Civil Veterinary Department Bengal reports 1933-51 - 1933-1951
Year: 1933
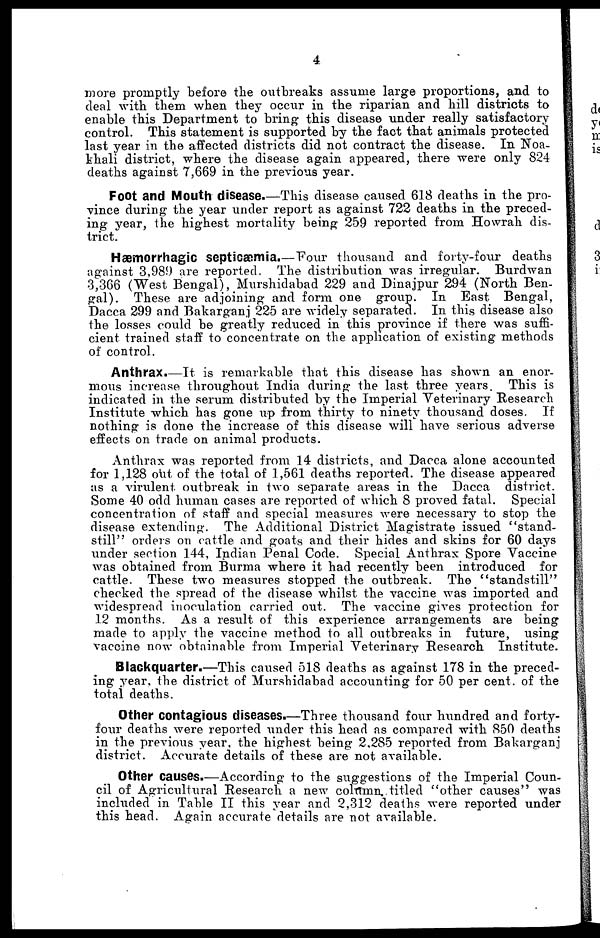
4
more promptly before the outbreaks assume large proportions, and to
deal with them when they occur in the riparian and hill districts to
enable this Department to bring this disease under really satisfactory
control. This statement is supported by the fact that animals protected
last year in the affected districts did not contract the disease. In Noa-
khali district, where the disease again appeared, there were only 824
deaths against 7,669 in the previous year.
Foot and Mouth disease.—This disease caused 618 deaths in the pro-
vince during the year under report as against 722 deaths in the preced-
ing year, the highest mortality being 259 reported from Howrah dis-
trict.
Hæmorrhagic septicæmia.—Four thousand and forty-four deaths
against 3,989 are reported. The distribution was irregular. Burdwan
3,366 (West Bengal), Murshidabad 229 and Dinajpur 294 (North Ben-
gal). These are adjoining and form one group. In East Bengal,
Dacca 299 and Bakarganj 225 are widely separated. In this disease also
the losses could be greatly reduced in this province if there was suffi-
cient trained staff to concentrate on the application of existing methods
of control.
Anthrax.—It is remarkable that this disease has shown an enor-
mous increase throughout India during the last three years. This is
indicated in the serum distributed by the Imperial Veterinary Research
Institute which has gone up from thirty to ninety thousand doses. If
nothing is done the increase of this disease will have serious adverse
effects on trade on animal products.
Anthrax was reported from 14 districts, and Dacca alone accounted
for 1,128 out of the total of 1,561 deaths reported. The disease appeared
as a virulent, outbreak in two separate areas in the Dacca district.
Some 40 odd human cases are reported of which 8 proved fatal. Special
concentration of staff and special measures were necessary to stop the
disease extending. The Additional District Magistrate issued "stand-
still" orders on cattle and goats and their hides and skins for 60 days
under section 144, Indian Penal Code. Special Anthrax Spore Vaccine
was obtained from Burma where it had recently been introduced for
cattle. These two measures stopped the outbreak. The "standstill"
checked the spread of the disease whilst the vaccine was imported and
widespread inoculation carried out. The vaccine gives protection for
12 months. As a result of this experience arrangements are being
made to apply the vaccine method to all outbreaks in future, using
vaccine now obtainable from Imperial Veterinary Research Institute.
Blackquarter.—This caused 518 deaths as against 178 in the preced-
ing year, the district of Murshidabad accounting for 50 per cent. of the
total deaths.
Other contagious diseases.—Three thousand four hundred and forty-
four deaths were reported under this head as compared with 850 deaths
in the previous year, the highest being 2,285 reported from Bakarganj
district. Accurate details of these are not available.
Other causes.—According to the suggestions of the Imperial Coun-
cil of Agricultural Research a new column. titled "other causes" was
included in Table II this year and 2,312 deaths were reported under
this head. Again accurate details are not available.